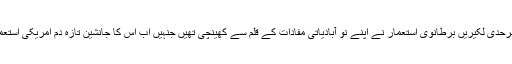
ویسے بھی مشرق وسطیٰ کا موجودہ جغرافیائی نقشہ مصنوعی ہے اور یہ سرحدی لکیریں برطانوی استعمار نے اپنے نو آبادیاتی مفادات کے قلم سے کھینچی تھیں جنہیں اب اس کا جانشین تازہ دم امریکی استعمار اپنے بدلتے ہوئے استعماری مفادات کے قلم سے تبدیل کر دینا چاہتا ہے۔